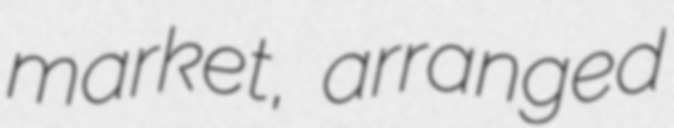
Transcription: market, arranged